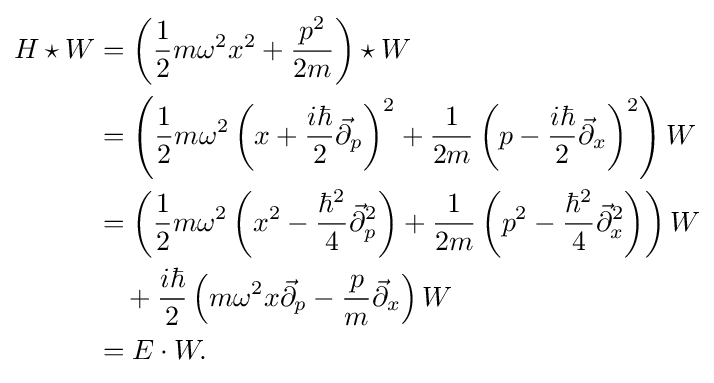
{\begin{aligned}H\star W&=\left({\frac {1}{2}}m\omega ^{2}x^{2}+{\frac {p^{2}}{2m}}\right)\star W\\&=\left({\frac {1}{2}}m\omega ^{2}\left(x+{\frac {i\hbar }{2}}{\vec {\partial }}_{p}\right)^{2}+{\frac {1}{2m}}\left(p-{\frac {i\hbar }{2}}{\vec {\partial }}_{x}\right)^{2}\right)W\\&=\left({\frac {1}{2}}m\omega ^{2}\left(x^{2}-{\frac {\hbar ^{2}}{4}}{\vec {\partial }}_{p}^{2}\right)+{\frac {1}{2m}}\left(p^{2}-{\frac {\hbar ^{2}}{4}}{\vec {\partial }}_{x}^{2}\right)\right)W\\&\quad {}+{\frac {i\hbar }{2}}\left(m\omega ^{2}x{\vec {\partial }}_{p}-{\frac {p}{m}}{\vec {\partial }}_{x}\right)W\\&=E\cdot W.\end{aligned}}